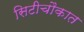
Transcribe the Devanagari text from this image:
सिटीचौकात